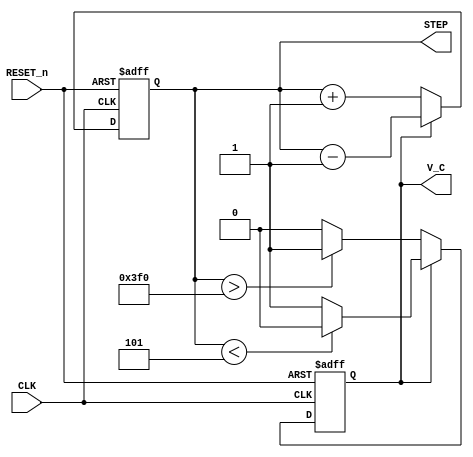
module F_BACK ( 
input RESET_n ,
input CLK  , 
output reg [9:0]STEP,
output reg V_C 

) ; 

reg [3:0] C2 ; 
always @( posedge CLK  )  C2 <= C2+1 ; 

always @( negedge RESET_n  or posedge CLK )  
begin 
if (!RESET_n )  begin 
   V_C <=0 ; 
	STEP <= 0;  
end 
else 
  if ( !V_C ) begin 
       STEP <=STEP +1 ; 
		 if (STEP > 10'h3f0 ) V_C <=1 ;
		 end 
  else 
    begin 
	   STEP <= STEP - 1 ;  
		if (STEP < 5 ) V_C <=0 ;
	 end 
end 	 
endmodule